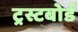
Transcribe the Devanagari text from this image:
ट्रस्टबोर्ड